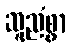
ဆူညံစွာ